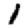
Digit: 1